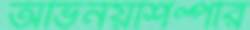
অভিনয়শিল্পীর